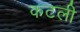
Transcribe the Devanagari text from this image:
कटली